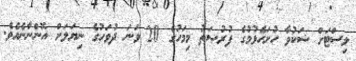
ލިސްޓަށް ޝަކުވާ ހުށަހެޅުމުގެ ފުރުޞަތު މިމަހުގެ 20 ވަނަ ދުވަހުގެ ނިޔަލަށް އޮންނާނެއެވެ.